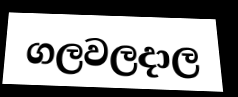
ගලවලදාල